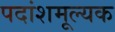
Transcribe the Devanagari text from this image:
पदांशमूल्यक